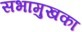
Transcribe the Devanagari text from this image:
सभामुखका